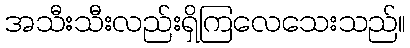
အသီးသီးလည်းရှိကြလေသေးသည်။